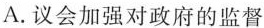
A. 议会加强对政府的监督